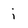
Character: i